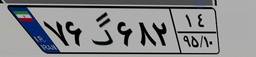
۷۶گ۶۸۲۱۴